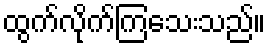
ထွက်လိုက်ကြသေးသည်။